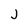
Character: J